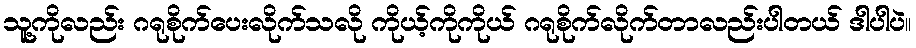
သူ့ကိုလည်း ဂရုစိုက်ပေးလိုက်သလို ကိုယ့်ကိုကိုယ် ဂရုစိုက်လိုက်တာလည်းပါတယ် ဒါပါပဲ။